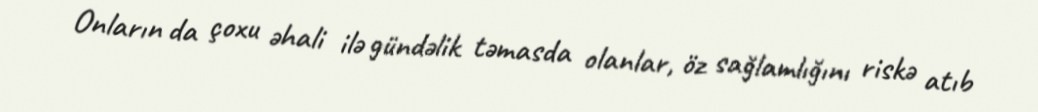
Onların da çoxu əhali ilə gündəlik təmasda olanlar, öz sağlamlığını riskə atıb